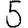
Digit: 5